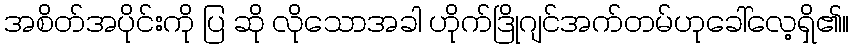
အစိတ်အပိုင်းကို ပြ ဆို လိုသောအခါ ဟိုက်ဒြိုဂျင်အက်တမ်ဟုခေါ်လေ့ရှိ၏။